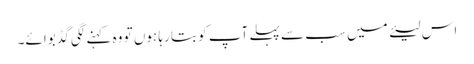
اس لیئے میں سب سے پہلے آپ کو بتا رہا ہوں تو وہ کہنے لگی گڈ بوائے۔